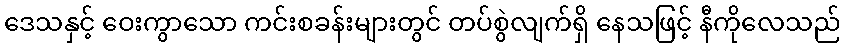
ဒေသနှင့် ဝေးကွာသော ကင်းစခန်းများတွင် တပ်စွဲလျက်ရှိ နေသဖြင့် နီကိုလေသည်